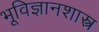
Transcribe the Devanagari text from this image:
भूविज्ञानशास्त्र